Vaccination report Assam 1896-1927 - 1896-1927
Year: 1896
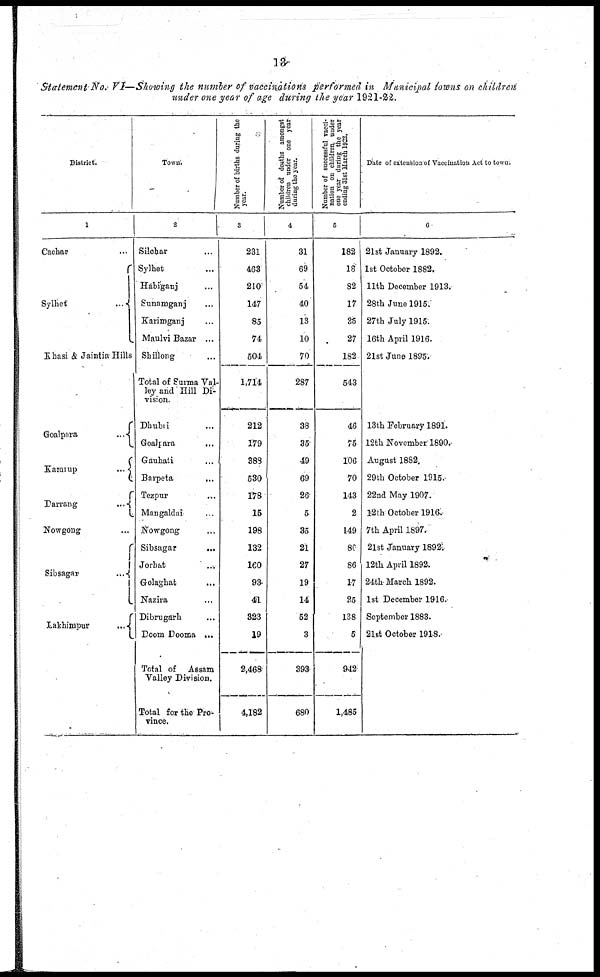
13
Statement No. VI—Showing the number of vaccinations performed in Municipal towns on children
under one year of age during the year 1921-22.
District.
1
Cachor ...
Sylhet
...
Khasi & Jaintia Hills
Goalpara
...
Kamrup
...
Darrang
...
Nowgong ...
Sibsagar ...
Lakhimpur
...
Town.
2
Silchar ...
Sylhet ...
Habiganj ...
Sunamganj ...
Karimganj ...
Maulvi Bazar ...
Shillong ...
Total of Surma Val-
ley and Hill Di-
vision.
Dhubri ...
Goalpara
...
Gauhati ...
Barpeta
...
Tezpur ...
Mangaldai ...
Nowgong ...
Sibsagar
...
Jorhat ...
Golaghat ...
Nazira ...
Dibrugarh ...
Doom Dooma ...
Total of
Assam
Valley Division.
Total for the Pro-
vince.
Number of births during the
year.
3
231
463
210
147
85
74
504
1,714
212
179
388
530
178
15
198
132
160
93
41
323
19
2,468
4,182
Number of deaths amongst
children under one year
during the year.
4
31
69
54
40
13
10
70
287
38
35
49
69
26
5
35
21
27
19
14
52
3
393
680
Number of successful vacci-
nation on children, under
one year during the year
ending 31st March 1922.
5
182
18
82
17
35
27
182
543
46
75
106
70
143
2
149
80
86
17
25
138
5
942
1,485
Date of extension of Vaccination Act to town.
6
21st January 1892.
1st October 1882.
11th December 1913.
28th June 1915.
27th July 1915.
16th April 1916.
21st June 1895.
13th February 1891.
12th November 1890.
August 1882.
29th October 1915.
22nd May 1907.
12th October 1916.
7th April 1897.
21st January 1892.
12th April 1892.
24th March 1892.
1st December 1916.
September 1883.
21st October 1918.